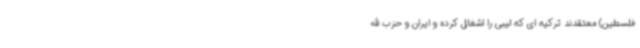
فلسطین) معتقدند ترکیه ای که لیبی را اشغال کرده و ایران و حزب الله